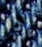
إذا